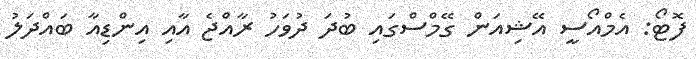
ފޮޓޯ: އެމްއޯސީ އޭޝިއަން ގޭމްސްގައި ބުދަ ދުވަހު ރާއްޖެ އާއި އިންޑިއާ ބައްދަލު